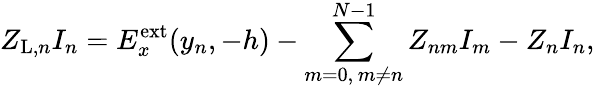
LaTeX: Z_{\mathrm{L},n}I_{n}=E_{x}^{\mathrm{ext}}(y_{n},-h)-\sum_{m=0,\, m\ne n}^{N-1}Z_{nm}I_{m}-Z_{n}I_{n},